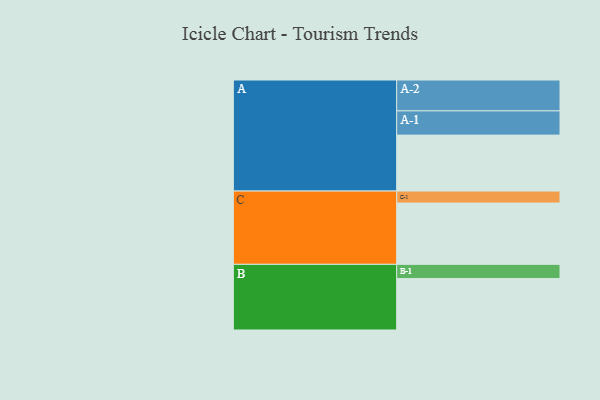
{"axis": {"x": "Segment", "y": "Value"}, "legend": ["", "A", "B", "C"], "data": [{"x": "A", "y": 489, "type": ""}, {"x": "B", "y": 450, "type": ""}, {"x": "C", "y": 536, "type": ""}, {"x": "A-1", "y": 212, "type": "A"}, {"x": "A-2", "y": 270, "type": "A"}, {"x": "B-1", "y": 124, "type": "B"}, {"x": "C-1", "y": 105, "type": "C"}]}